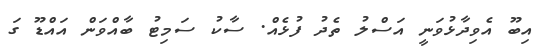
އިބޫ އެވިދާޅުވަނީ އަސްލު ތެދު ފުޅެއް. ސާކު ސަމިޓު ބާއްވަން އައްޑޫ ގަ